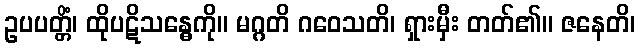
ဥပပတ္တိံ၊ ထိုပဋိသန္ဓေကို။ မဂ္ဂတိ ဂဝေသတိ၊ ရှားမှီး တတ်၏။ ဇနေတိ၊